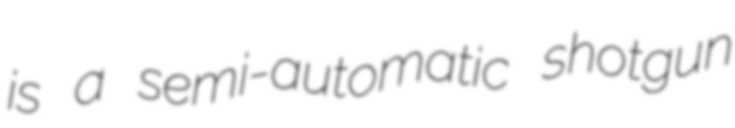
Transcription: is a semi-automatic shotgun